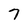
Character: 7